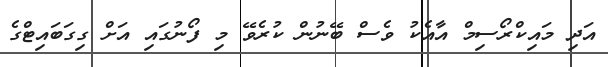
އަދި މައިކްރޯސިމް އާއެކު ވެސް ބޭނުން ކުރެވޭ މި ފޯނުގައި އަށް ގިގަބައިޓްގެ